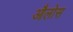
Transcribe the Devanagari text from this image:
औलोस